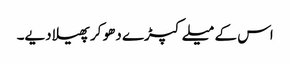
اس کے میلے کپڑے دھو کر پھیلا دیے۔